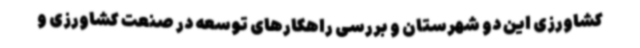
کشاورزی این دو شهرستان و بررسی راهکارهای توسعه در صنعت کشاورزی و